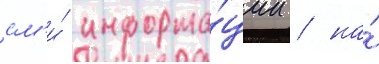
см'и́ информа́ции / на́